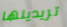
تريدينها